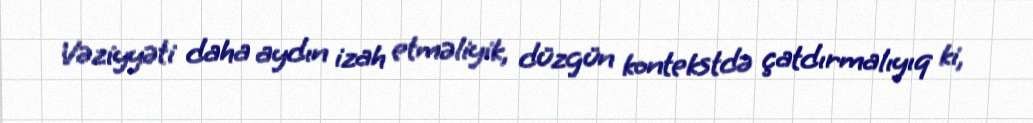
Vəziyyəti daha aydın izah etməliyik, düzgün kontekstdə çatdırmalıyıq ki,